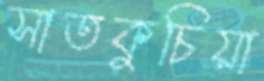
সাতকুচিয়া